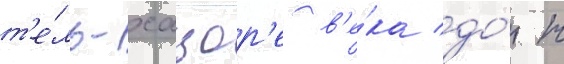
т'е́ль-хацор'е в'е́ка до́ н